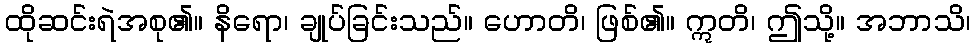
ထိုဆင်းရဲအစု၏။ နိရော၊ ချုပ်ခြင်းသည်။ ဟောတိ၊ ဖြစ်၏။ ဣတိ၊ ဤသို့။ အဘာသိ၊